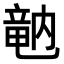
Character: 𥪞